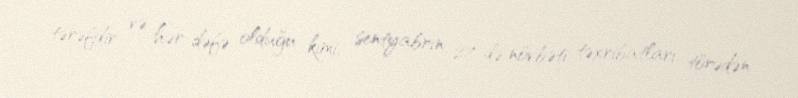
tərəfdir və hər dəfə olduğu kimi, sentyabrın 27-də növbəti təxribatları törədən